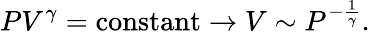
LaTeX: PV^{\gamma}={\mathrm{constant}}\rightarrow V\sim P^{-{\frac{1}{\gamma}}}.